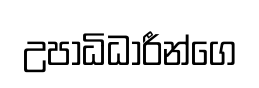
උපාධිධාරීන්ගෙ